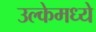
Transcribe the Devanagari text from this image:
उल्केमध्ये